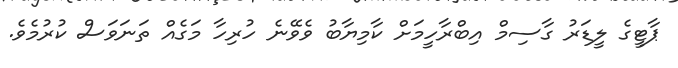
ޕާޓީގެ ލީޑަރު ގާސިމް އިބްރާހީމަށް ކާމިޔާބު ވެވޭނެ ހުރިހާ މަގެއް ތަނަވަސް ކުރުމެވެ.